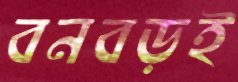
বনবড়ই